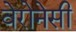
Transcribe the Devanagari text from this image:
वेरोनेसी